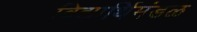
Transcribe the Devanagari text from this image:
विद्यार्थिमंडळ